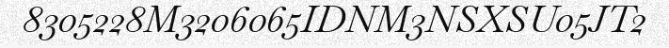
8305228M3206065IDNM3NSXSU05JT2